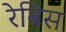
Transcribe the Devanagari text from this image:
रेबिस